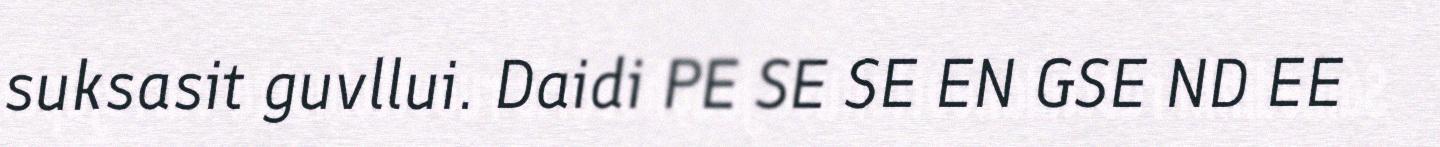
suksasit guvllui. Daidi PE SE SE EN GSE ND EE